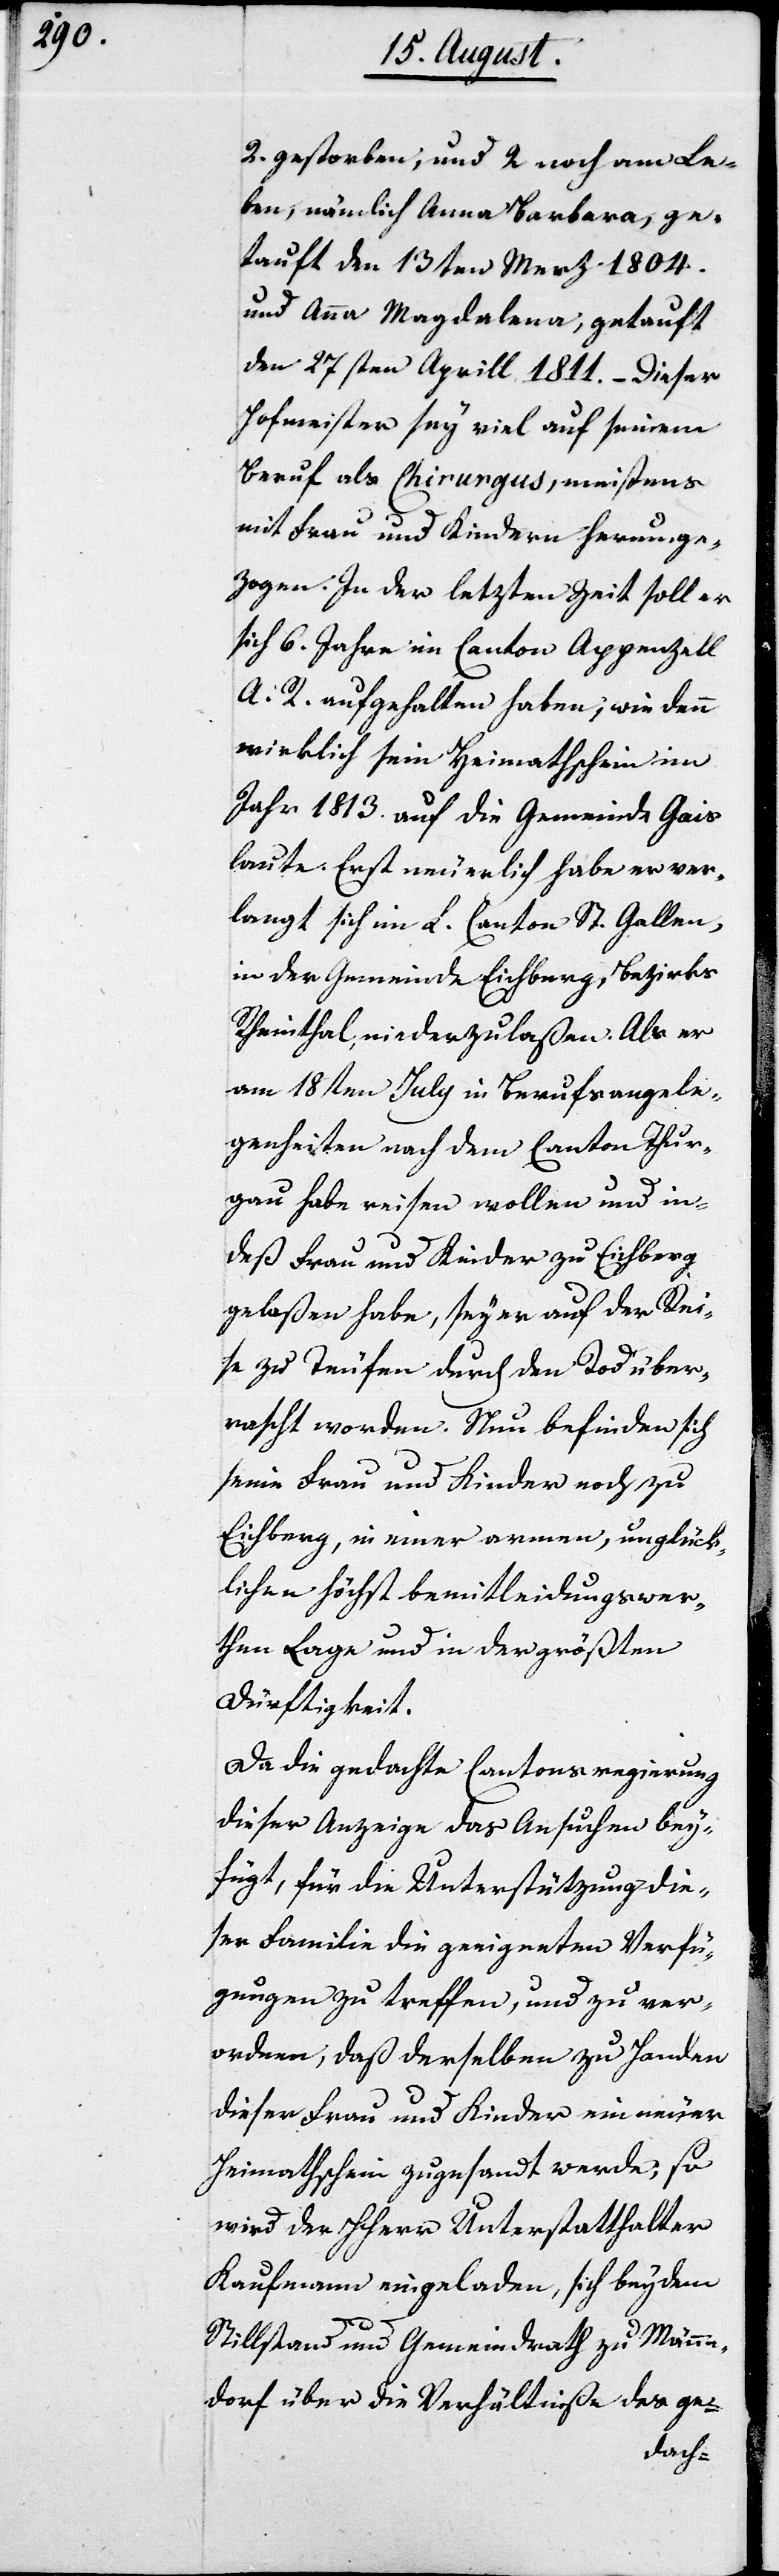
2. gestorben, und 2 noch am Le¬
ben, nämlich Anna Barbara, ge¬
tauft den 13ten Merz 1804.
und Anna Magdalena, getauft
den 27sten Aprill 1811. – Dieser
Hofmeister sei viel auf seinem
Beruf als Chirurgus, meistens
mit Frau und Kindern herumge¬
zogen. In der letzten Zeit soll er
sich 6. Jahre im Canton Appenzell
A. R. aufgehalten haben, wie denn
wirklich sein Heimathschein im
Jahr 1813. auf die Gemeinde Gais
laute. Erst neuerlich habe er ver¬
langt sich im L. Canton St. Gallen,
in der Gemeinde Eichberg, Bezirks
Rheinthal, niederzulaßen. Als er
am 18ten July in Berufsangele¬
genheiten nach dem Canton Thur¬
gau habe reisen wollen und in¬
deß Frau und Kinder zu Eichberg
gelaßen habe, sey er auf der Rei¬
se zu Teufen durch den Tod über¬
rascht worden. Nun befinden sich
seine Frau und Kinder noch zu
Eichberg, in einer armen, unglück¬
lichen höchst bemitleidungswer¬
then Lage und in der größten
Dürftigkeit.
Da die gedachte Cantonsregierung
dieser Anzeige das Ansuchen bey¬
fügt, für die Unterstützung die¬
ser Familie die geeigneten Verfü¬
gungen zu treffen, und zu ver¬
ordnen, daß derselben zu Handen
dieser Frau und Kinder ein neuer
Heimatschein zugesandt werde, so
wird der HHerr Unterstatthalter
Kaufmann eingeladen, sich bey dem
Stillstand und Gemeindrath zu Männe¬
dorf über die Verhältniße des ge-